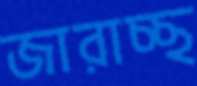
জারাচ্ছ